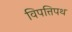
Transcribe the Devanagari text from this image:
विपत्तिपथ